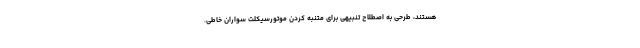
هستند، طرحی به اصطلاح تنبیهی برای متنبه کردن موتورسیکلت سواران خاطی.